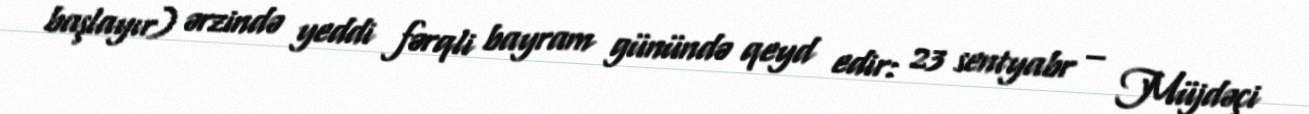
başlayır) ərzində yeddi fərqli bayram günündə qeyd edir: 23 sentyabr – Müjdəçi